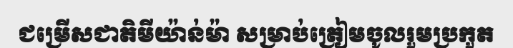
ជម្រើសជាតិមីយ៉ាន់ម៉ា សម្រាប់ត្រៀមចូលរួមប្រកួត